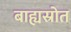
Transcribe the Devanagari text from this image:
बाह्यस्रोत